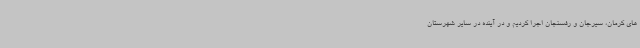
های کرمان، سیرجان و رفسنجان اجرا کردیم و در آینده در سایر شهرستان